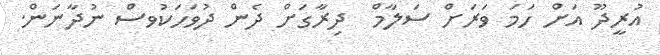
އުރީދޫ އަށް ހަމަ ވަރަށް ސަލާމް  ދިރާގަށް ދެން ދުވަހަކުވސް ނުދާނަން.